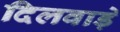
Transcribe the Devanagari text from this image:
दिलवाड़े